Scottish Leaving Certificate Examination, 1958
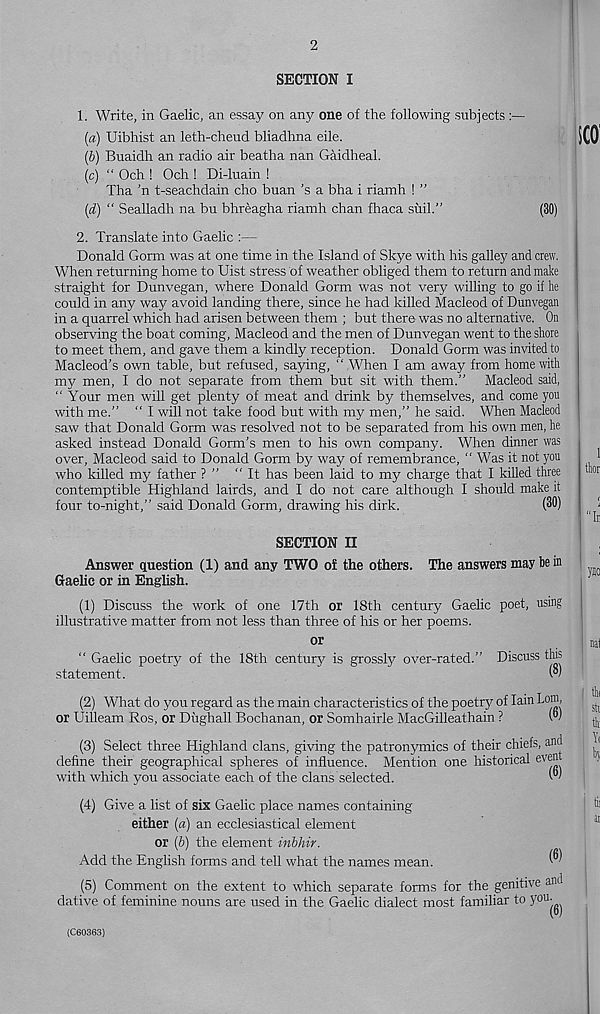
2
SECTION I
1. Write, in Gaelic, an essay on any one of the following subjects :—
(а) Uibhist an leth-cheud bliadhna eile.
(б) Buaidh an radio air beatha nan Gaidheal.
(c) “ Och ! Och ! Di-luain !
Tha ’n t-seachdain cho buan’s a bha i riamh ! ”
(d) “ Sealladh na bu bhreagha riamh chan fhaca suil.”
(30)
2. Translate into Gaelic :—
Donald Gorm was at one time in the Island of Skye with his galley and crew.
When returning home to Uist stress of weather obliged them to return and make
straight for Dunvegan, where Donald Gorm was not very willing to go if lie
could in any way avoid landing there, since he had killed Macleod of Dunvegan
in a quarrel which had arisen between them ; but there was no alternative. On
observing the boat coming, Macleod and the men of Dunvegan went to the shore
to meet them, and gave them a kindly reception. Donald Gorm was invited to
Macleod’s own table, but refused, saying, “ When I am away from home with
my men, I do not separate from them but sit with them.” Macleod said,
“ Your men will get plenty of meat and drink by themselves, and come you
with me.” “ I will not take food but with my men,” he said. When Macleod
saw that Donald Gorm was resolved not to be separated from his own men, he
asked instead Donald Gorm’s men to his own company. When dinner was
over, Macleod said to Donald Gorm by way of remembrance, ” Was it not you
who killed my father ? ” “It has been laid to my charge that I killed three
contemptible Highland lairds, and I do not care although I should make it
four to-night,” said Donald Gorm, drawing his dirk.
(30)
SECTION II
Answer question (1) and any TWO of the others. The answers may be in
Gaelic or in English.
(1) Discuss the work of one 17th or 18th century Gaelic poet, using
illustrative matter from not less than three of his or her poems.
or
“ Gaelic poetry of the 18th century is grossly over-rated.” Discuss tins
statement.
W
(2) What do you regard as the main characteristics of the poetry of Iain Lom,
or Uilleam Ros, or Diighall Bochanan, or Somhairle MacGilleathain ?
W
(3) Select three Highland clans, giving the patronymics of their chiefs, and
define their geographical spheres of influence. Mention one historical even
with which you associate each of the clans selected.
(4) Give a list of six Gaelic place names containing
either (a) an ecclesiastical element
or (b) the element inbhir.
Add the English forms and tell what the names mean.
®
(5) Comment on the extent to which separate forms for the genitive and
dative of feminine nouns are used in the Gaelic dialect most familiar to y ou -
(C60363)